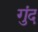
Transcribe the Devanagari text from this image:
गुंद